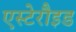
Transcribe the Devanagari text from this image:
एस्टेरौइड